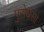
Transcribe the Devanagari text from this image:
पुरोधसा